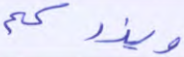
ويزدكم